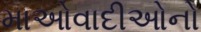
માઓવાદીઓનો